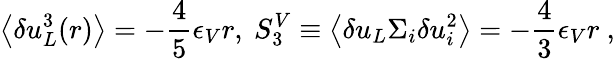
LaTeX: \left<\delta u_{L}^{3}(r)\right>=-\frac{4}{5}\epsilon_{V}r,\ S_{3}^{V}\equiv\left<\delta u_{L}\Sigma_{i}\delta u_{i}^{2}\right>=-\frac{4}{3}\epsilon_{V}r\ ,